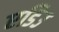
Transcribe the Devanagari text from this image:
एडिउ